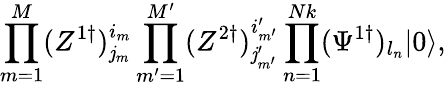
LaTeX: \prod_{m=1}^{M}(Z^{1\dagger})_{\mathit{j}_{m}}^{i_{m}}\prod_{m^{\prime}=1}^{M^{\prime}}(Z^{2\dagger})_{\mathit{j}_{m^{\prime}}^{\prime}}^{i_{m^{\prime}}^{\prime}}\prod_{n=1}^{Nk}(\Psi^{1\dagger})_{l_{n}}|0\rangle,